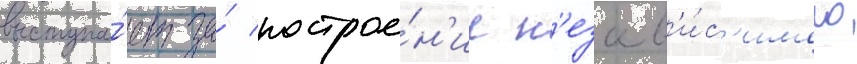
выступа́ет за́ построе́н'ие н'езав'и́с'имого